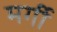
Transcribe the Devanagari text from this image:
मर्गी